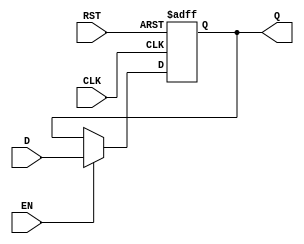
module DataRegister (
    input wire D,      // Data input
    input wire CLK,    // Clock input
    input wire EN,     // Enable input
    input wire RST,    // Reset input
    output reg Q       // Data output
);

// Asynchronous reset and synchronous data capture
always @(posedge CLK or posedge RST) begin
    if (RST) begin
        Q <= 1'b0;  // Clear the register on reset
    end else if (EN) begin
        Q <= D;     // Capture data input on clock edge if enabled
    end
    // If EN is low, Q retains its previous value
end

endmodule